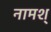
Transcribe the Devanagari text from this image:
नामश्